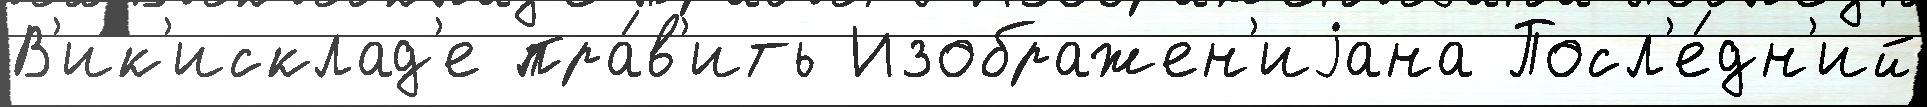
В'ик'исклад'е пра́в'ить Изображен'иjана Посл'е́дн'ий